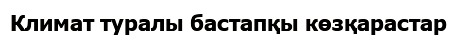
Климат туралы бастапқы көзқарастар